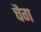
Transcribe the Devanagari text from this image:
चैग